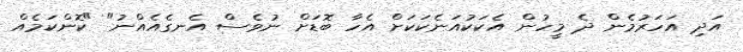
އަދި އަހަރުމެން ދެ މީހުން އެކަކުއަނެކަކަށް އެހާ ބޮޑަށް ނުވެސް އެނގެއެއްނު" "ކޮންކަމެއް